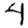
Digit: 4